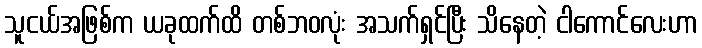
သူငယ်အဖြစ်က ယခုထက်ထိ တစ်ဘဝလုံး အသက်ရှင်ပြီး သိနေတဲ့ ငါကောင်လေးဟာ